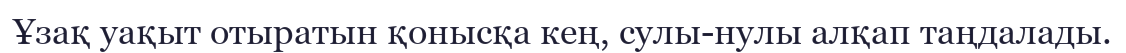
Ұзақ уақыт отыратын қонысқа кең, сулы-нулы алқап таңдалады.